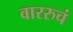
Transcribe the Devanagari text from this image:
वाररुचं